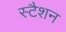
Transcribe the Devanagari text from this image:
स्टैशन